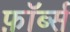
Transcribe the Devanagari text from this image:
फ़ॉर्ब्स